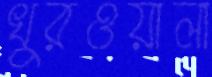
খুরওয়ালা